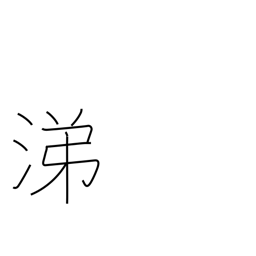
Meaning: sympathy